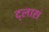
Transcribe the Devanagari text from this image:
द्लारा